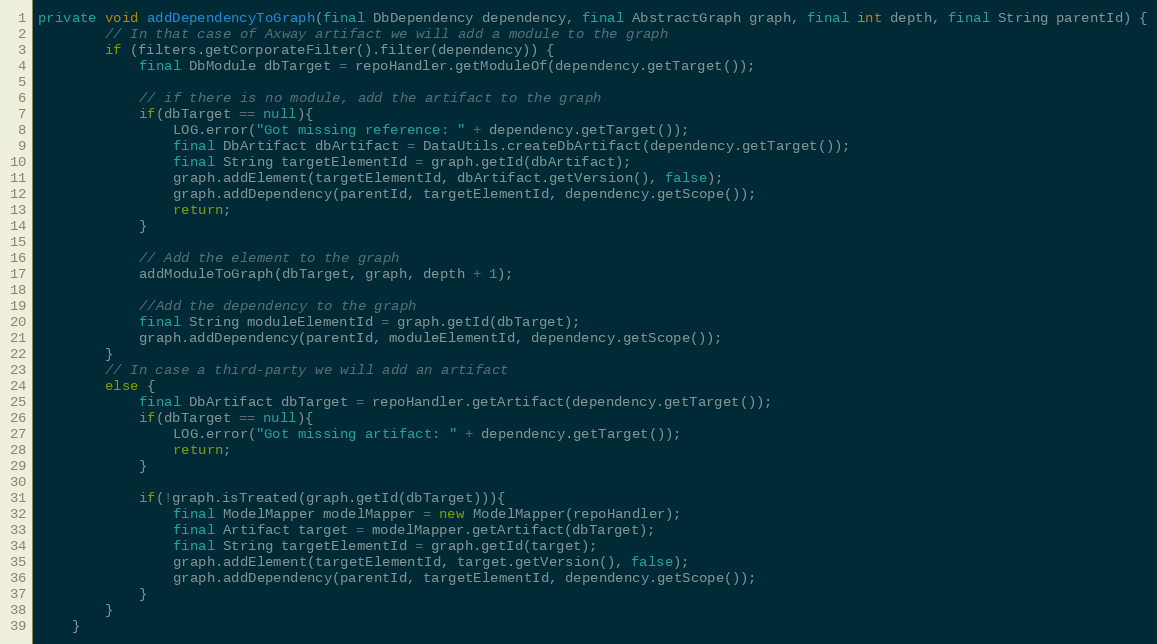
Language: Java
private void addDependencyToGraph(final DbDependency dependency, final AbstractGraph graph, final int depth, final String parentId) {
        // In that case of Axway artifact we will add a module to the graph
        if (filters.getCorporateFilter().filter(dependency)) {
            final DbModule dbTarget = repoHandler.getModuleOf(dependency.getTarget());

            // if there is no module, add the artifact to the graph
            if(dbTarget == null){
                LOG.error("Got missing reference: " + dependency.getTarget());
                final DbArtifact dbArtifact = DataUtils.createDbArtifact(dependency.getTarget());
                final String targetElementId = graph.getId(dbArtifact);
                graph.addElement(targetElementId, dbArtifact.getVersion(), false);
                graph.addDependency(parentId, targetElementId, dependency.getScope());
                return;
            }

            // Add the element to the graph
            addModuleToGraph(dbTarget, graph, depth + 1);

            //Add the dependency to the graph
            final String moduleElementId = graph.getId(dbTarget);
            graph.addDependency(parentId, moduleElementId, dependency.getScope());
        }
        // In case a third-party we will add an artifact
        else {
            final DbArtifact dbTarget = repoHandler.getArtifact(dependency.getTarget());
            if(dbTarget == null){
                LOG.error("Got missing artifact: " + dependency.getTarget());
                return;
            }

            if(!graph.isTreated(graph.getId(dbTarget))){
                final ModelMapper modelMapper = new ModelMapper(repoHandler);
                final Artifact target = modelMapper.getArtifact(dbTarget);
                final String targetElementId = graph.getId(target);
                graph.addElement(targetElementId, target.getVersion(), false);
                graph.addDependency(parentId, targetElementId, dependency.getScope());
            }
        }
    }